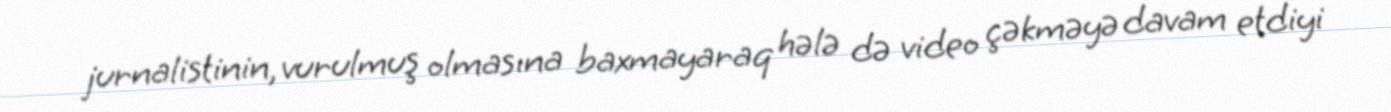
jurnalistinin, vurulmuş olmasına baxmayaraq hələ də video çəkməyə davam etdiyi